Report of the Indian Hemp Drugs Commission, 1894-1895 - Volume VI
Year: 1894
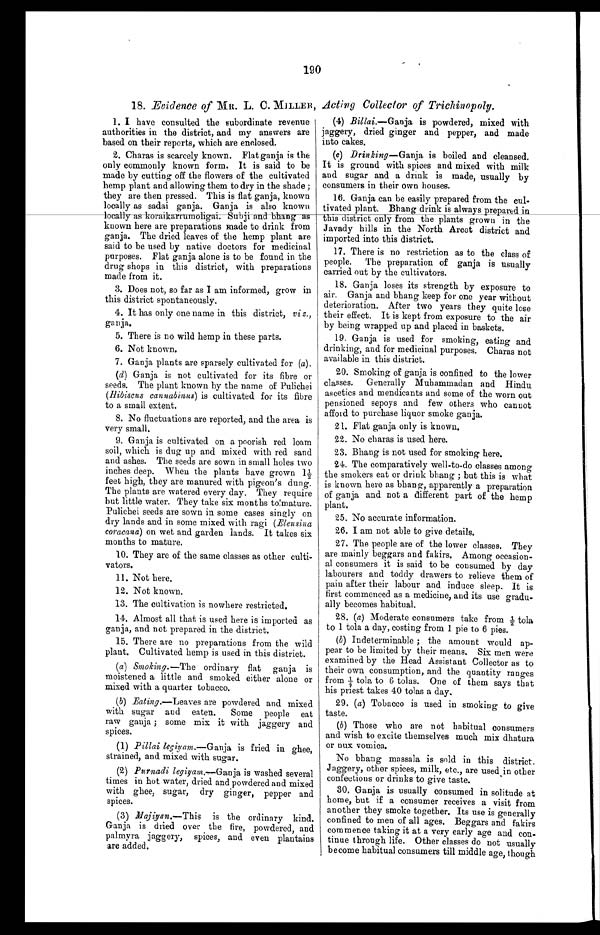
190
18. Evidence of MR. L. C. MILLER, .Acting Collector of Trichinopoly.
1. I have consulted the subordinate revenue
authorities in the district, and my answers are
based on their reports, which are enclosed.
2. Charas is scarcely known. Flat ganja is the
only commonly known form. It is said to be
made by cutting off the flowers of the cultivated
hemp plant and allowing them to dry in the shade ;
they are then pressed. This is flat ganja, known
locally as sadai ganja. Ganja is also known
locally as koraikarrumoligai. Subji and bhang as
known here are preparations made to drink from
ganja. The dried leaves of the hemp plant are
said to be used by native doctors for medicinal
purposes. Flat ganja alone is to be found in the
drug shops in this district, with preparations
made from it.
3. Does not, so far as I am informed, grow in
this district spontaneously.
4. It has only one name in this district, viz.,
ganja.
5. There is no wild hemp in these parts.
6. Not known.
7. Ganja plants are sparsely cultivated for (a).
(d) Ganja is not cultivated for its fibre or
seeds. The plant known by the name of Pulichei
(Hibiscus cannabinus) is cultivated for its fibre
to a small extent.
8. No fluctuations are reported, and the area is
very small.
9. Ganja is cultivated on a poorish red loam
soil, which is dug up and mixed with red sand
and ashes. The seeds are sown in small holes two
inches deep. When the plants have grown 1 1/2
feet high, they are manured with pigeon's dung.
The plants are watered every day. They require
but little water. They take six months to mature.
Pulichei seeds are sown in some cases singly on
dry lands and in some mixed with ragi (Eleusina
coracana) on wet and garden lands. It takes six
months to mature,
10. They are of the same classes as other culti--
vators.
11. Not here.
12. Not known.
13. The cultivation is nowhere restricted.
4 Billai.--Ganja is powdered, mixed with
jaggery, dried ginger and pepper, and made
into cakes.
(c) Drinking--Ganjai s b o i l e d a n d c l e a n s e d .
It is ground with spices and mixed with milk
and sugar and a drink is made, usually by
consumers in their own houses.
16. Ganja can be easily prepared from the cul-
tivated plant. Bhang drink is always prepared in
this district only from the plants grown in the
Javady hills in the North Arcot district and
imported into this district.
17. There is no restriction as to the class of
people. The preparation of ganja is usually
carried out by the cultivators.
18. Ganja loses its strength by exposure to
air. Ganja and bhang keep for one year without
deterioration. After two years they quite lose
their effect. It is kept from exposure to the air
by being wrapped up and placed in baskets.
19. Ganja is used for smoking, eating and
drinking, and for medicinal purposes. Charas not
available in this district.
20. Smoking of ganja is confined to the lower
classes. Generally Muhammadan and Hindu
ascetics and mendicants and some of the worn out
pensioned sepoys and few others who cannot
afford to purchase liquor smoke ganja.
21. Flat ganja only is known.
22. No charas is used here.
23. Bhang is not used for smoking here.
24. The comparatively well-to-do classes among
the smokers eat or drink bhang ; but this is what
is known here as bhang, apparently a preparation
of ganja and not a different part of the hemp
plant.
25. N o accurate information.
26. I am not able to give details.
27. The people are of the lower classes. They
are mainly beggars and fakirs. Among occasion--
al consumers it is said to be consumed by day
labourers and toddy drawers to relieve them of
pain after their labour and induce sleep. It is
first commenced as a medicine, and its use gradu-
ally becomes habitual.
14. Almost all that is used here is imported as
ganja, and not prepared in the district.
15. There are no preparations from the wild
plant. Cultivated hemp is used in this district.
(a) Smoking.--The ordinary flat ganja is
moistened a little and smoked either alone or
mixed with a quarter tobacco.
(b) Eating .--Leavesa r e p o w d e r e d a n d m i x e d
with sugar and eaten. Some people eat
raw ganja; some mix it with jaggery and
spices.
(1) P illai legiyam.--Ganja is fried in ghee,
strained, and mixed with sugar.
(2) Purnadi legiyam.,---Ganja is washed several
times in hot water, dried and powdered and mixed
with ghee, sugar, dry ginger, pepper and
spices.
(3) M a j i y a n . - - T h i s i s t h e o r d i n a r y k i n d .
Ganja is dried over the fire, powdered, and
palmyra jaggery, spices, and even plantains
are added.
28. (a) Moderate consumers take from 1/2 tola
to 1 tola a day, costing from 1 pie to 6 pies.
(b) Indeterminable; the amount would ap-
pear to be limited by their means. Six men were
examined by the Head Assistant Collector as to
their own consumption, and the quantity ranges
f r o m 1 / 4 t o l a t o 6 t o l a s . O n e o f t h e m s a y s t h a t
his priest takes 40 tolas a day.
29. (a) Tobacco is used in smoking to give
taste.
(b) Those who are not habitual consumers
and wish to excite themselves much mix dhatura
or nux vomica.
No bhang massala is sold in this district.
Jaggery, other spices, milk, etc., are used in other
confections or drinks to give taste.
30. Ganja is usually consumed in solitude at
home, but if a consumer receives a visit from
another they smoke together. Its use is generally
confined to men of all ages. Beggars and fakirs
commence taking it at a very early age and con-
tinue through life. Other classes do not usually
become habitual consumers till middle age, though